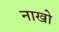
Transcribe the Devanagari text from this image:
नाखो